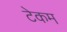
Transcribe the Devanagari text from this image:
टेकम